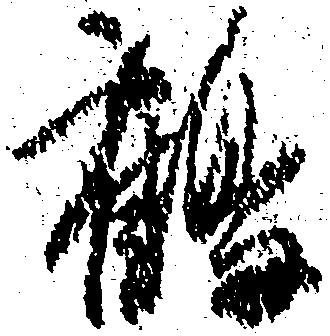
鶴